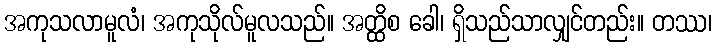
အကုသလာမူလံ၊ အကုသိုလ်မူလသည်။ အတ္ထိစ ခေါ၊ ရှိသည်သာလျှင်တည်း။ တဿ၊